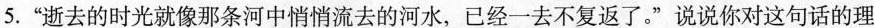
5.”逝去的时光就像那条河中悄悄流去的河水，已经一去不复返了。”说说你对这句话的理